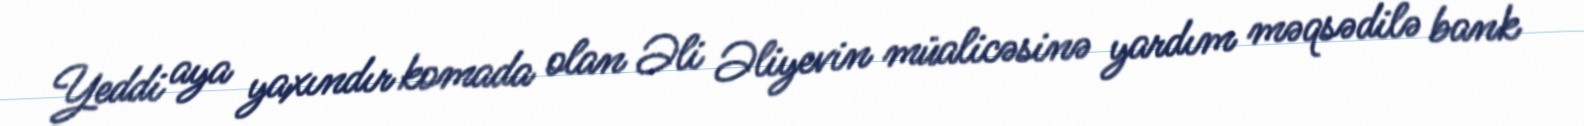
Yeddi aya yaxındır komada olan Əli Əliyevin müalicəsinə yardım məqsədilə bank